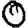
Digit: 0